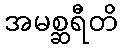
အမစ္ဆရီတိ